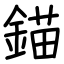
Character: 錨